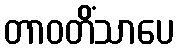
တာဝတိံသာပေ